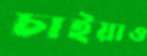
চাইয়াও